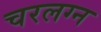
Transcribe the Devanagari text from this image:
चरलग्न